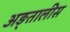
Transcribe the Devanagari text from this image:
अङ्तालीस